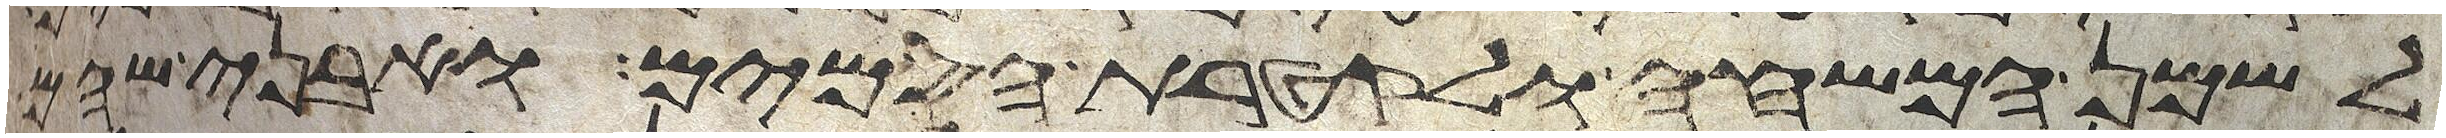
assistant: לשמן המשחה ולקטרת הסמים ואבני שהם